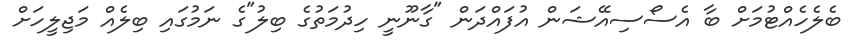
ބެލެހެއްޓުމަށް ބާ އެސޯސިއޭޝަން އުފައްދަން "ގާނޫނީ ހިދުމަތުގެ ބިލު"ގެ ނަމުގައި ބިލެއް މަޖިލީހަށް